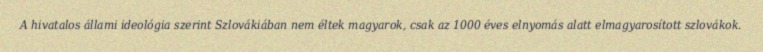
A hivatalos állami ideológia szerint Szlovákiában nem éltek magyarok, csak az 1000 éves elnyomás alatt elmagyarosított szlovákok.